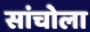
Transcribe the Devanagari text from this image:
सांचोला